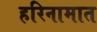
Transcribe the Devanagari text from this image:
हरिनामात